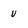
Character: u